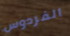
الفردوس